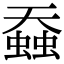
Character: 䗞